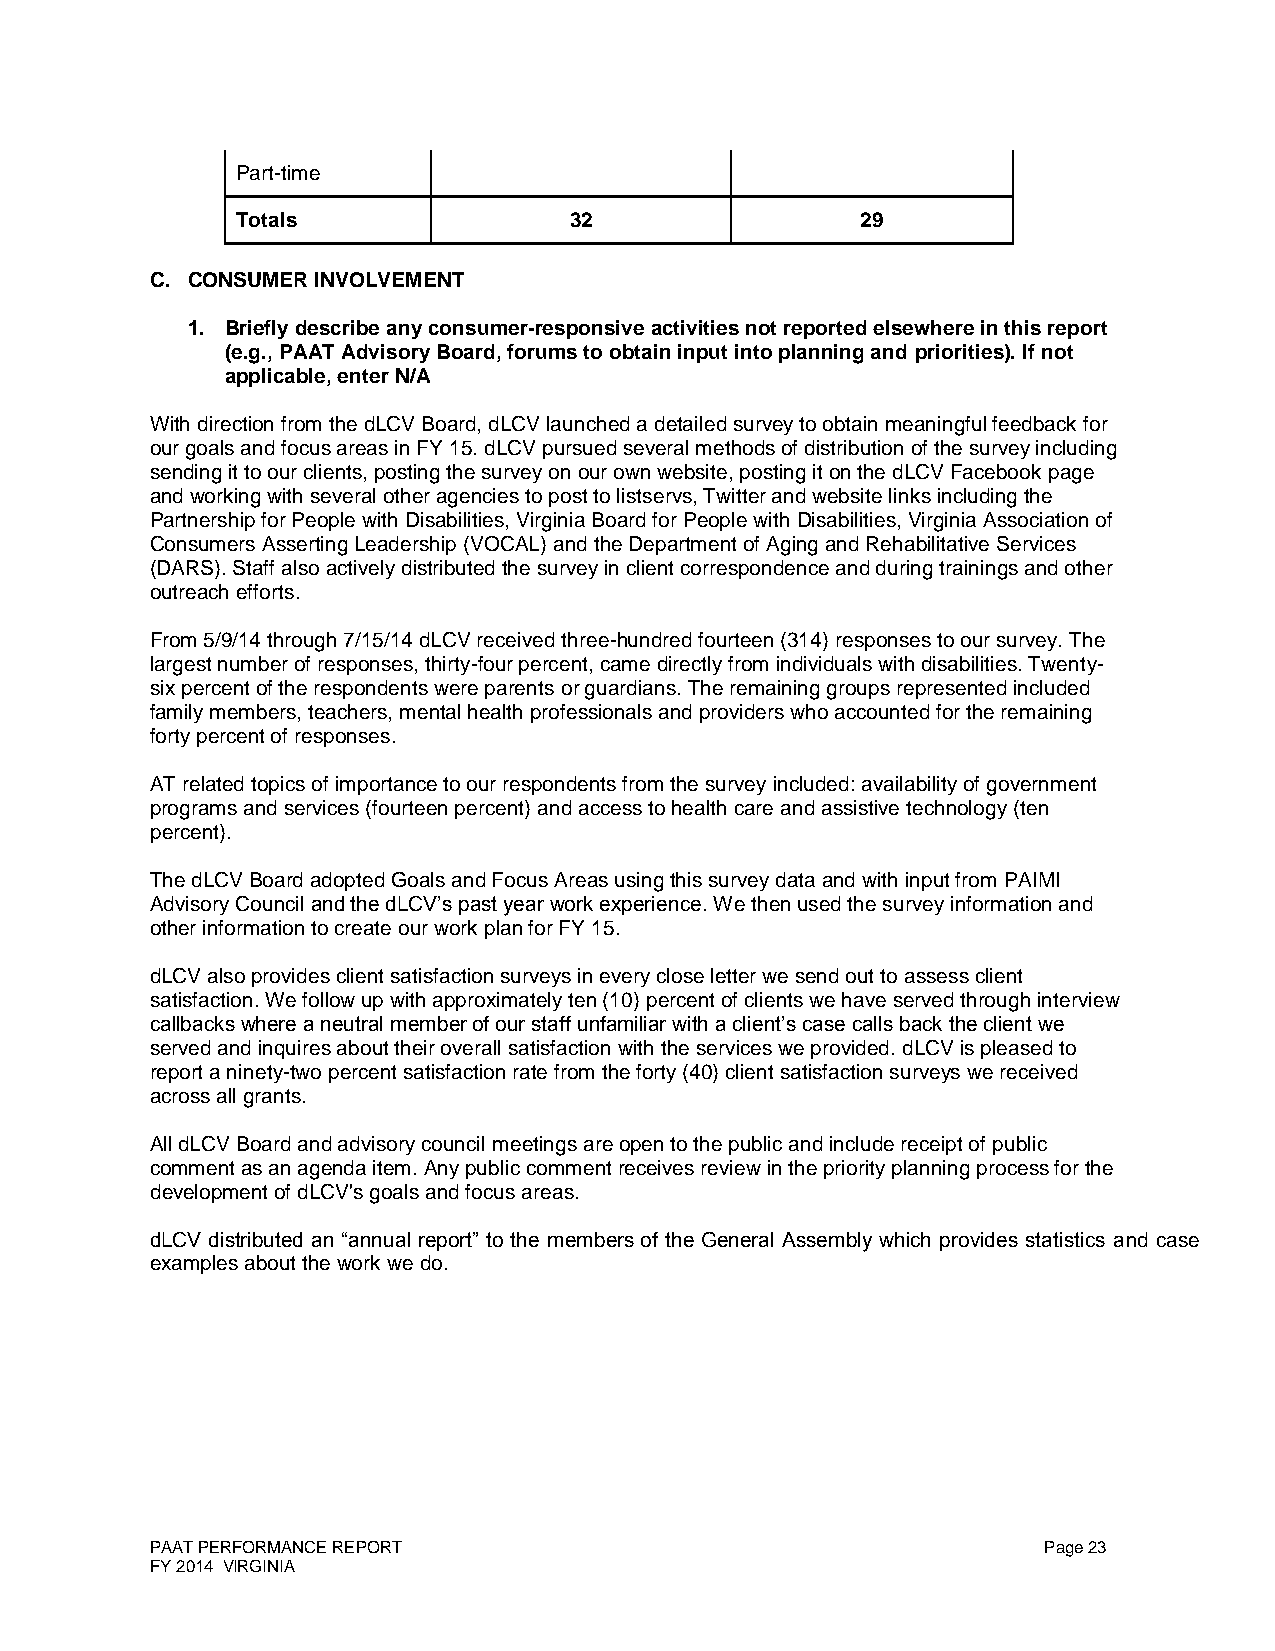
Part-time
 Totals                32                 29
 C. CONSUMER INVOLVEMENT
 1. Briefly describe any consumer-responsive activities not reported elsewhere in this report
 (e.g., PAAT Advisory Board, forums to obtain input into planning and priorities). If not
 applicable, enter N/A
 With direction from the dLCV Board, dLCV launched a detailed survey to obtain meaningful feedback for
 our goals and focus areas in FY 15. dLCV pursued several methods of distribution of the survey including
 sending it to our clients, posting the survey on our own website, posting it on the dLCV Facebook page
 and working with several other agencies to post to listservs, Twitter and website links including the
 Partnership for People with Disabilities, Virginia Board for People with Disabilities, Virginia Association of
 Consumers Asserting Leadership (VOCAL) and the Department of Aging and Rehabilitative Services
 (DARS). Staff also actively distributed the survey in client correspondence and during trainings and other
 outreach efforts.
 From 5/9/14 through 7/15/14 dLCV received three-hundred fourteen (314) responses to our survey. The
 largest number of responses, thirty-four percent, came directly from individuals with disabilities. Twenty-
 six percent of the respondents were parents or guardians. The remaining groups represented included
 family members, teachers, mental health professionals and providers who accounted for the remaining
 forty percent of responses.
 AT related topics of importance to our respondents from the survey included: availability of government
 programs and services (fourteen percent) and access to health care and assistive technology (ten
 percent).
 The dLCV Board adopted Goals and Focus Areas using this survey data and with input from PAIMI
 Advisory Council and the dLCV’s past year work experience. We then used the survey information and
 other information to create our work plan for FY 15.
 dLCV also provides client satisfaction surveys in every close letter we send out to assess client
 satisfaction. We follow up with approximately ten (10) percent of clients we have served through interview
 callbacks where a neutral member of our staff unfamiliar with a client’s case calls back the client we
 served and inquires about their overall satisfaction with the services we provided. dLCV is pleased to
 report a ninety-two percent satisfaction rate from the forty (40) client satisfaction surveys we received
 across all grants.
 All dLCV Board and advisory council meetings are open to the public and include receipt of public
 comment as an agenda item. Any public comment receives review in the priority planning process for the
 development of dLCV's goals and focus areas.
 dLCV distributed an “annual report” to the members of the General Assembly which provides statistics and case
 examples about the work we do.
 PAAT PERFORMANCE REPORT                                    Page 23
 FY 2014 VIRGINIA